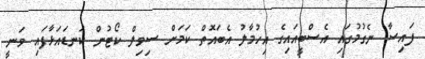
ފައިސާ ނެގުމުގައި އެސްބީއައިގެ އިހުމާލު އެބައޮތް ކަމަށް ސިވިލް ކޯޓުން ކަނޑައަޅާފައި ވަނީ